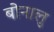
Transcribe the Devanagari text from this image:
बोनालु